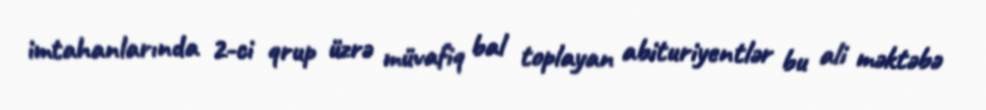
imtahanlarında 2-ci qrup üzrə müvafiq bal toplayan abituriyentlər bu ali məktəbə